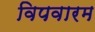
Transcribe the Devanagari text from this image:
विपवारम